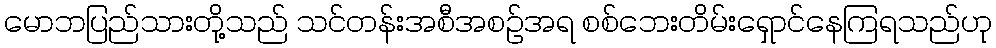
မောဘပြည်သားတို့သည် သင်တန်းအစီအစဉ်အရ စစ်ဘေးတိမ်းရှောင်နေကြရသည်ဟု